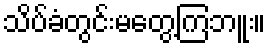
သိပ်ခံတွင်းမတွေ့ကြဘူး။